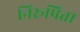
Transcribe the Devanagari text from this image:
निरूपिता